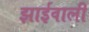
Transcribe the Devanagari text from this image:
झाईवाली